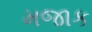
મજાક